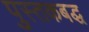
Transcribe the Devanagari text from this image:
पुस्तकबद्ध